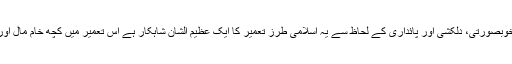
فنی کمال اور حسن، گل بوٹوں، نگینہ کاری، خوبصورتی، دلکشی اور پائداری کے لحاظ سے یہ اسلامی طرز تعمیر کا ایک عظیم الشان شاہکار ہے اس تعمیر میں کچھ خام مال اور قیمتی پتھر پرانے کھنڈر سے بھی لیے گئے۔